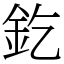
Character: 釳